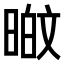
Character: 𭦸